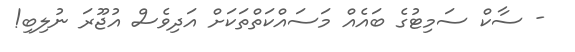
- ސާކް ސަމިޓުގެ ބައެއް މަސައްކަތްތަކަށް އަދިވެސް އުޖޫރަ ނުލިބި!